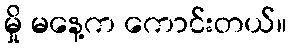
မှို မနေ့က ကောင်းတယ်။